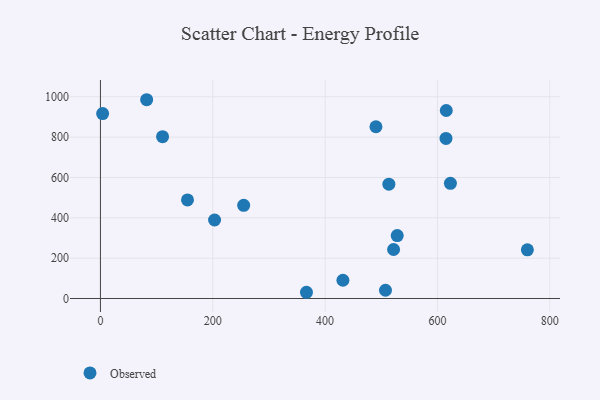
{"axis": {"x": "Investment", "y": "Yield"}, "legend": ["Observed"], "data": [{"x": "615.2", "y": 793.5, "type": "Observed"}, {"x": "760.1", "y": 241.4, "type": "Observed"}, {"x": "521.9", "y": 243.0, "type": "Observed"}, {"x": "3.9", "y": 916.7, "type": "Observed"}, {"x": "507.5", "y": 41.0, "type": "Observed"}, {"x": "615.7", "y": 932.0, "type": "Observed"}, {"x": "110.6", "y": 802.1, "type": "Observed"}, {"x": "431.7", "y": 90.4, "type": "Observed"}, {"x": "513.5", "y": 566.6, "type": "Observed"}, {"x": "82.3", "y": 985.4, "type": "Observed"}, {"x": "528.4", "y": 311.8, "type": "Observed"}, {"x": "366.8", "y": 30.9, "type": "Observed"}, {"x": "623.1", "y": 570.9, "type": "Observed"}, {"x": "490.5", "y": 851.4, "type": "Observed"}, {"x": "255.0", "y": 462.1, "type": "Observed"}, {"x": "155.0", "y": 488.6, "type": "Observed"}, {"x": "203.2", "y": 389.2, "type": "Observed"}]}